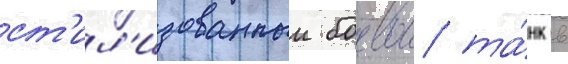
ст'ил'изованныи боевои та́нк в